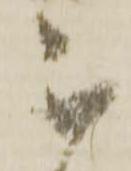
不